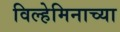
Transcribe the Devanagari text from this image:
विल्हेमिनाच्या